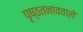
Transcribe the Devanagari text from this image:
पृष्ठतनाववाले